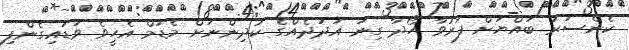
ކެންސަރު ބައްޔަށް ފަރުވާ ހޯދާ ގިނަ އަދަދެއްގެ ކުދިންނަށް މެޑަމް އެހީވެ ވަޑައިގެންފި